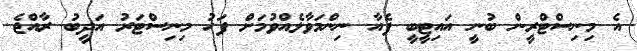
އެ މިނިސްޓްރީން ބުނީ އައިޓީބީ ފެއާ ނިންމަވާލެއްވުމަށް ފަހު މިނިސްޓަރު އަދީބު ރާއްޖެ